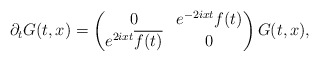
\begin{align*} \partial_tG (t, x) = \begin{pmatrix} 0 & e^{-2ixt}f(t) \\ e^{2ixt} \overline{f(t)} & 0 \\ \end{pmatrix} G(t,x),\end{align*}